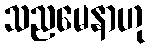
သညမေနာဟု